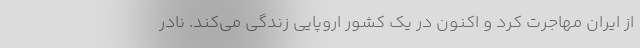
از ایران مهاجرت کرد و اکنون در یک کشور اروپایی زندگی می‌کند. نادر